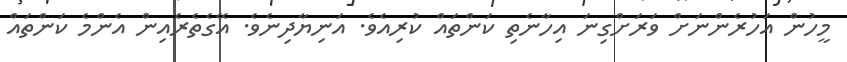
މީހުން އަހުރެންނަށް ވަރަށްގިނަ އިހާނެތި ކަންތައް ކުރިއެވެ. އަނިޔާދިނެވެ. އޭގެތެރެއިން އެންމެ ކަންތައް